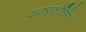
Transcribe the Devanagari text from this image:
वाटरफॉलिंग